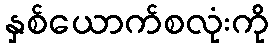
နှစ်ယောက်စလုံးကို